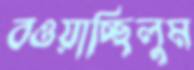
বওয়াচ্ছিলুম